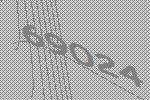
69024